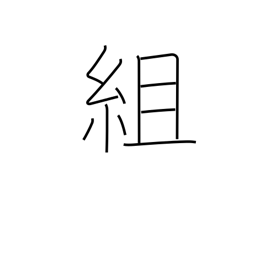
Meaning: construct